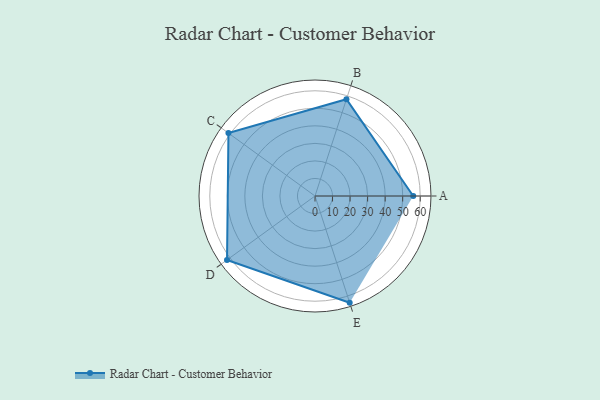
{"axis": {"x": "Skill", "y": "Score"}, "legend": ["Profile"], "data": [{"x": "A", "y": 56.0, "type": "Profile"}, {"x": "B", "y": 58.0, "type": "Profile"}, {"x": "C", "y": 61.0, "type": "Profile"}, {"x": "D", "y": 62.0, "type": "Profile"}, {"x": "E", "y": 64.0, "type": "Profile"}]}